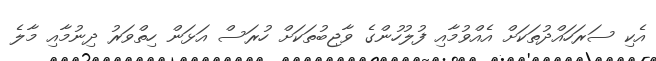
އެކި ސަރަހައްދުތަކަށް އެއްވުމާއި ފުލުހުންގެ ވާޖިބުތަކަށް ހުރަސް އަޅަން ހިތްވަރު ދިނުމާއި މާލެ